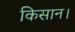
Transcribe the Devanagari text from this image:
किसान।